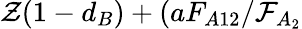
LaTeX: \mathcal{Z}(1-d_{B})+(aF_{A12}/\mathcal{F}_{A_{2}}